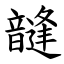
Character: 韼